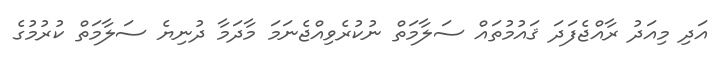
އަދި މިއަދު ރާއްޖެފަދަ ޤައުމުތައް ސަލާމަތް ނުކުރެވިއްޖެނަމަ މާދަމާ ދުނިޔެ ސަލާމަތް ކުރުމުގެ